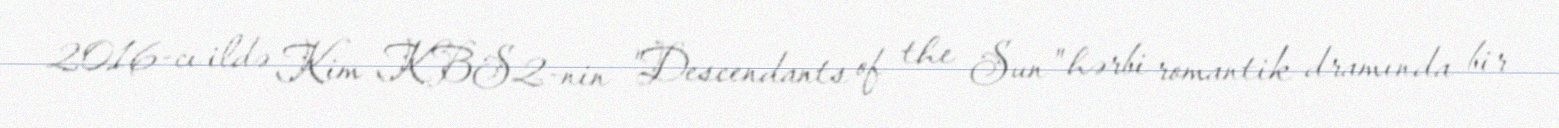
2016-cı ildə Kim KBS2-nin "Descendants of the Sun" hərbi romantik dramında bir